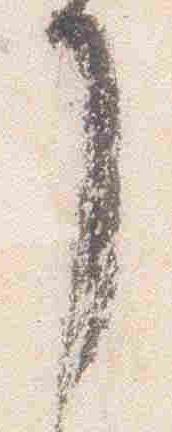
了